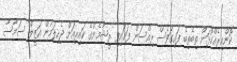
ކޮންއިރެއްކޮޅަށް ތިބެތިބެ ފައިގަވެސް ރިއްސަން ފަށައިފި ރީޝާމެންގެ ކައިރިއަށް ޖެހިލަމުން އަޒީލް ސަމާސާ